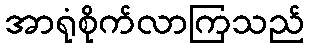
အာရုံစိုက်လာကြသည်